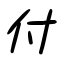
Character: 付